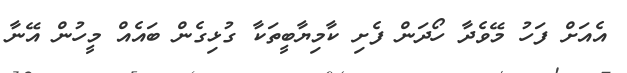
އެއަށް ފަހު މޭވެދާ ހޯދަން ފެށި ކާމިޔާބީތަކާ ގުޅިގެން ބައެއް މީހުން އޭނާ